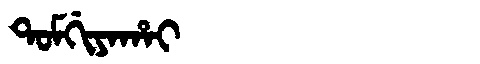
Manchu: ᡨᠣᠮᡤᡳᠶᠠᡥᠠᡳ
Romanization: TOMGIYAHAI